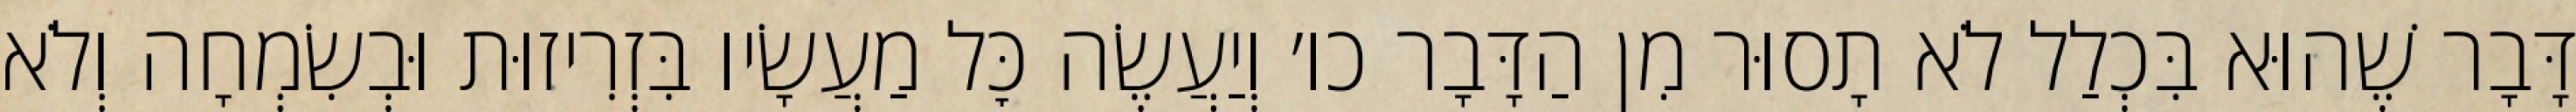
דָּבָר שֶׁהוּא בִּכְלַל לֹא תָסוּר מִן הַדָּבָר כו׳ וְיַעֲשֶׂה כׇּל מַעֲשָׂיו בִּזְרִיזוּת וּבְשִׂמְחָה וְלֹא